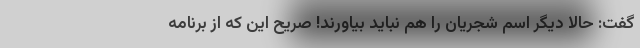
گفت: حالا دیگر اسم شجریان را هم نباید بیاورند! صریح این که از برنامه